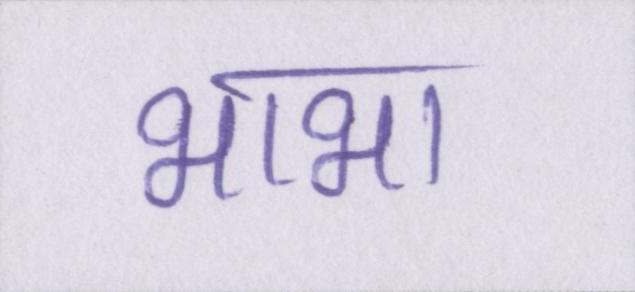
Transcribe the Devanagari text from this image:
भाभा